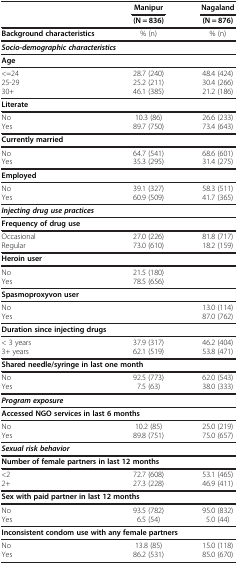
<table><thead><tr><td rowspan="2"><b> </b></td><td><b>Manipur</b></td><td><b>Nagaland</b></td></tr><tr><td><b>(N = 836)</b></td><td><b>(N = 876)</b></td></tr></thead><tbody><tr><td><b>Background characteristics</b></td><td>% (n)</td><td>% (n)</td></tr><tr><td colspan="3"><b><i>Socio-demographic characteristics</i></b></td></tr><tr><td colspan="3"><b>Age</b></td></tr><tr><td>&lt;=24</td><td>28.7 (240)</td><td>48.4 (424)</td></tr><tr><td>25-29</td><td>25.2 (211)</td><td>30.4 (266)</td></tr><tr><td>30+</td><td>46.1 (385)</td><td>21.2 (186)</td></tr><tr><td colspan="3"><b>Literate</b></td></tr><tr><td>No</td><td>10.3 (86)</td><td>26.6 (233)</td></tr><tr><td>Yes</td><td>89.7 (750)</td><td>73.4 (643)</td></tr><tr><td colspan="3"><b>Currently married</b></td></tr><tr><td>No</td><td>64.7 (541)</td><td>68.6 (601)</td></tr><tr><td>Yes</td><td>35.3 (295)</td><td>31.4 (275)</td></tr><tr><td colspan="3"><b>Employed</b></td></tr><tr><td>No</td><td>39.1 (327)</td><td>58.3 (511)</td></tr><tr><td>Yes</td><td>60.9 (509)</td><td>41.7 (365)</td></tr><tr><td colspan="3"><b><i>Injecting drug use practices</i></b></td></tr><tr><td colspan="3"><b>Frequency of drug use</b></td></tr><tr><td>Occasional</td><td>27.0 (226)</td><td>81.8 (717)</td></tr><tr><td>Regular</td><td>73.0 (610)</td><td>18.2 (159)</td></tr><tr><td colspan="3"><b>Heroin user</b></td></tr><tr><td>No</td><td>21.5 (180)</td><td> </td></tr><tr><td>Yes</td><td>78.5 (656)</td><td> </td></tr><tr><td colspan="3"><b>Spasmoproxyvon user</b></td></tr><tr><td>No</td><td> </td><td>13.0 (114)</td></tr><tr><td>Yes</td><td> </td><td>87.0 (762)</td></tr><tr><td colspan="3"><b>Duration since injecting drugs</b></td></tr><tr><td>&lt; 3 years</td><td>37.9 (317)</td><td>46.2 (404)</td></tr><tr><td>3+ years</td><td>62.1 (519)</td><td>53.8 (471)</td></tr><tr><td colspan="3"><b>Shared needle/syringe in last one month</b></td></tr><tr><td>No</td><td>92.5 (773)</td><td>62.0 (543)</td></tr><tr><td>Yes</td><td>7.5 (63)</td><td>38.0 (333)</td></tr><tr><td colspan="3"><b><i>Program exposure</i></b></td></tr><tr><td colspan="3"><b>Accessed NGO services in last 6 months</b></td></tr><tr><td>No</td><td>10.2 (85)</td><td>25.0 (219)</td></tr><tr><td>Yes</td><td>89.8 (751)</td><td>75.0 (657)</td></tr><tr><td colspan="3"><b><i>Sexual risk behavior</i></b></td></tr><tr><td colspan="3"><b>Number of female partners in last 12 months</b></td></tr><tr><td>&lt;2</td><td>72.7 (608)</td><td>53.1 (465)</td></tr><tr><td>2+</td><td>27.3 (228)</td><td>46.9 (411)</td></tr><tr><td colspan="3"><b>Sex with paid partner in last 12 months</b></td></tr><tr><td>No</td><td>93.5 (782)</td><td>95.0 (832)</td></tr><tr><td>Yes</td><td>6.5 (54)</td><td>5.0 (44)</td></tr><tr><td colspan="3"><b>Inconsistent condom use with any female partners</b></td></tr><tr><td>No</td><td>13.8 (85)</td><td>15.0 (118)</td></tr><tr><td>Yes</td><td>86.2 (531)</td><td>85.0 (670)</td></tr></tbody></table>